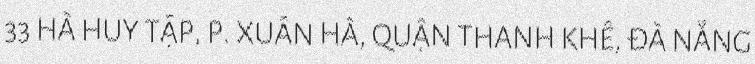
33 HÀ HUY TẬP, P. XUÂN HÀ, QUẬN THANH KHÊ, ĐÀ NẴNG